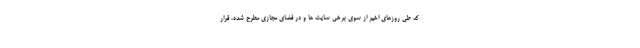
که طی روزهای اخیر از سوی برخی سایت ها و در فضای مجازی مطرح شده، قرار